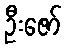
ဦးဇော်